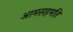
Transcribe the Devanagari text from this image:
आमसहमति